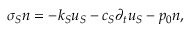
\boldsymbol { \sigma _ { S } n } = - k _ { S } \boldsymbol { u _ { S } } - c _ { S } \partial _ { t } \boldsymbol { u _ { S } } - p _ { 0 } \boldsymbol { n } ,